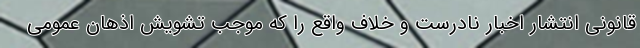
قانونی انتشار اخبار نادرست و خلاف واقع را که موجب تشویش اذهان عمومی